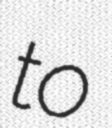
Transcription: to